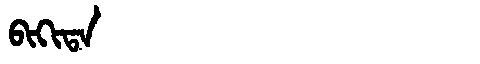
Manchu: ᠪᡳᡴᡳᡨᠠ
Romanization: BIKITA